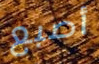
أصبع